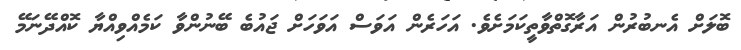
ބޮލަށް އެނބުރުން އަރާގޮތްވާތީކަމަށެވެ. އަހަރެން އަވަސް އަވަހަށް ޖައުބެ ބޭނުންވާ ކަމެއްވިއްޔާ ކޮއްދޭނަމޭ